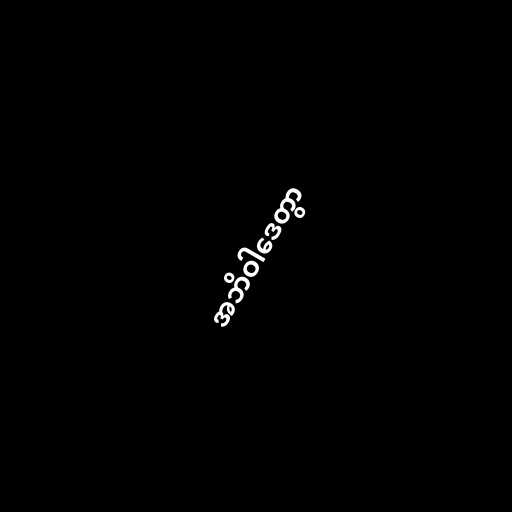
အဘိဝါဒေတွာ